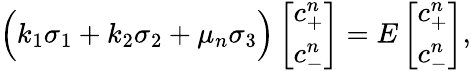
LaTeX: \begin{array}{r}{\Big(k_{1}\sigma_{1}+k_{2}\sigma_{2}+\mu_{n}\sigma_{3}\Big)\left[\begin{array}{l}{c_{+}^{n}}\\ {c_{-}^{n}}\end{array}\right]=E\left[\begin{array}{l}{c_{+}^{n}}\\ {c_{-}^{n}}\end{array}\right],}\end{array}